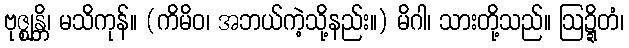
ဗုဇ္ဈန္တိ၊ မသိကုန်။ (ကိမိဝ၊ အဘယ်ကဲ့သို့နည်း။) မိဂါ၊ သားတို့သည်။ ဩဍ္ဍိတံ၊